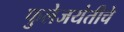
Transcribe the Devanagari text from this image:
फुलेजयंतीचे